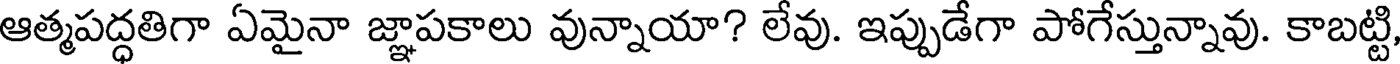
ఆత్మపద్ధతిగా ఏమైనా జ్ఞాపకాలు వున్నాయా? లేవు. ఇప్పుడేగా పోగేస్తున్నావు. కాబట్టి